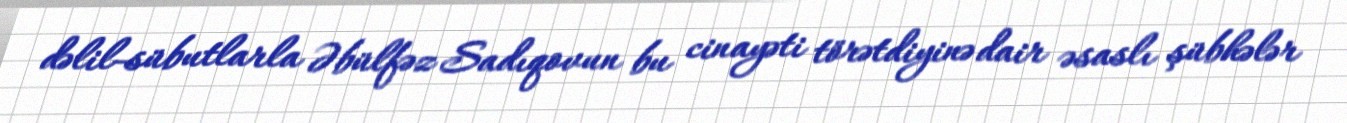
dəlil-sübutlarla Əbülfəz Sadıqovun bu cinayəti törətdiyinə dair əsaslı şübhələr